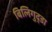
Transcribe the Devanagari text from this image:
बिलिगुद्डा